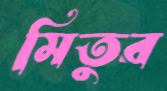
মিতুর